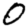
Digit: 0